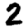
Digit: 2